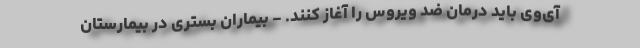
‌آی‌وی باید درمان ضد ویروس را آغاز کنند. - بیماران بستری در بیمارستان